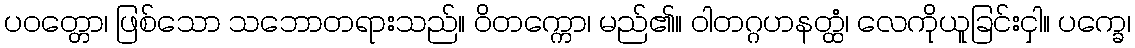
ပဝတ္တော၊ ဖြစ်သော သဘောတရားသည်။ ဝိတက္ကော၊ မည်၏။ ဝါတဂ္ဂဟနတ္ထံ၊ လေကိုယူခြင်းငှါ။ ပက္ခေ၊